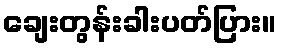
ချေးတွန်းခါးပတ်ပြား။